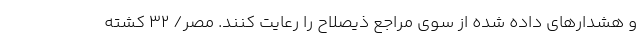
و هشدارهای داده شده از سوی مراجع ذیصلاح را رعایت کنند. مصر/ ۳۲ کشته